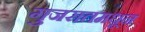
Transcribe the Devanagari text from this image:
गुजरातमधून